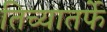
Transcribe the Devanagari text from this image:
तिच्यातर्फे